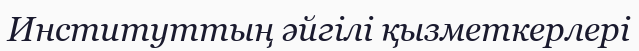
Институттың әйгілі қызметкерлері